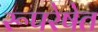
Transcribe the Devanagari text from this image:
रूपरेषेत